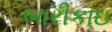
બારીકાઇ